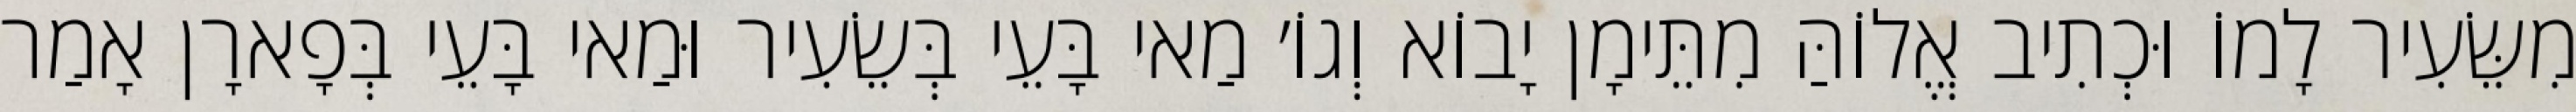
מִשֵּׂעִיר לָמוֹ וּכְתִיב אֱלוֹהַּ מִתֵּימָן יָבוֹא וְגוֹ׳ מַאי בָּעֵי בְּשֵׂעִיר וּמַאי בָּעֵי בְּפָארָן אָמַר